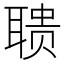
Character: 聩